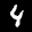
Digit: 4